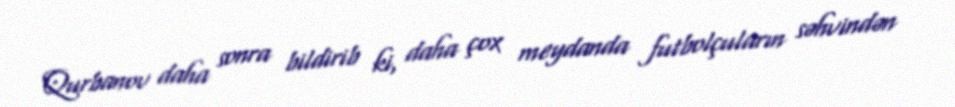
Qurbanov daha sonra bildirib ki, daha çox meydanda futbolçuların səhvindən